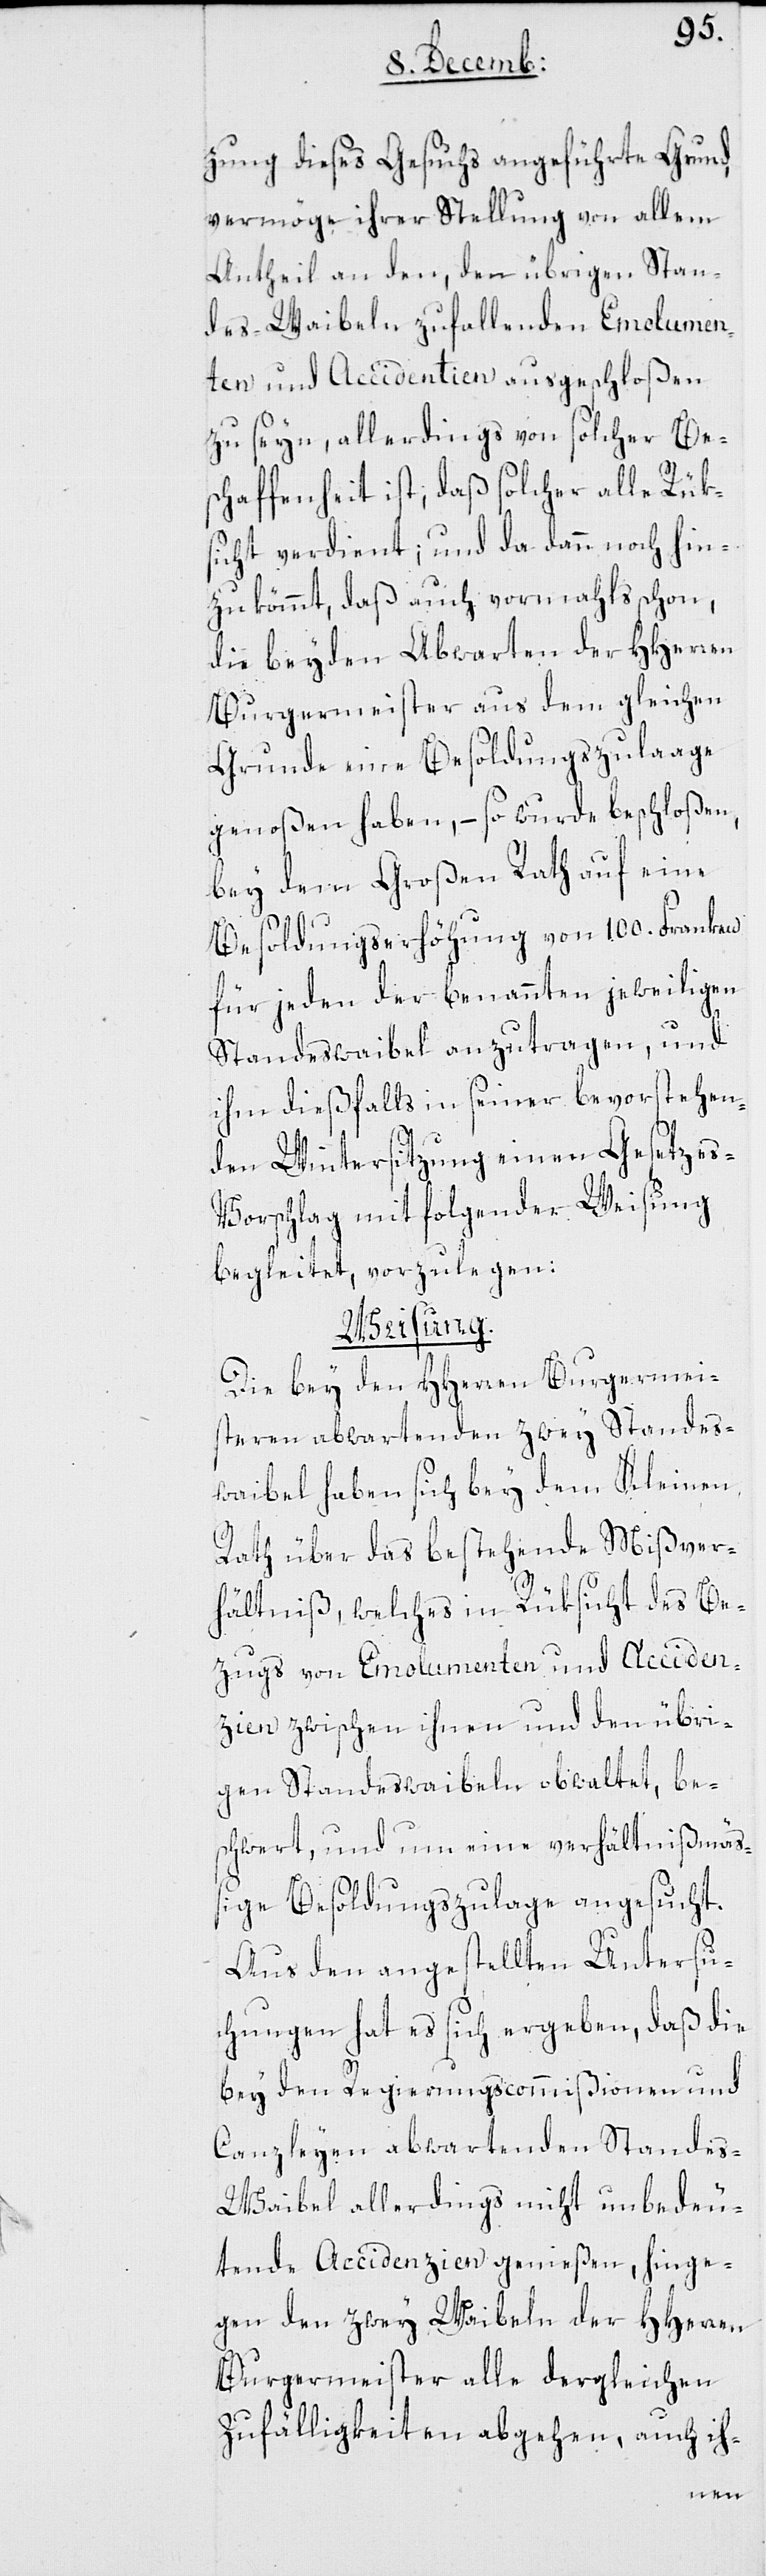
zung dieses Gesuchs angeführte Grund,
vermöge ihrer Stellung von allem
Antheil an den, den übrigen Stan¬
des-Waibeln zufallenden Emolumen¬
ten und Accidentien ausgeschloßen
zu seyn, allerdings von solcher Bes¬
chaffenheit ist, daß solcher alle Rük¬
sicht verdient; und da dann noch hin¬
zukömmt, daß auch vormahls schon,
die beyden Abwarten der HHerren
Burgermeister aus dem gleichen
Grunde eine Besoldungszulaage
genoßen haben, – so wurde beschloßen,
bey dem Großen Rath auf eine
Besoldungserhöhung von 100. Franken
für jeden der benannten jeweiligen
Standesweibel anzutragen, und
ihm dießfalls in seiner bevorstehen¬
den Wintersitzung einen Gesetze¬
s-Vorschlag mit folgender Weisung
begleitet, vorzulegen:
Weisung:
Die bey den HHerren Burgermei¬
steren abwartenden zwey Standes¬
waibel haben sich bey dem Kleinen
Rath über das bestehende Mißver¬
hältniß, welches in Rüksicht des Be¬
zugs von Emolumenten und Acciden¬
tien zwischen ihnen und den übri¬
gen Standeswaibeln obwaltet, be¬
schwert, und um eine verhältnißmäß¬
ige Besoldungszulage angesucht.
Aus den angestellten Untersu¬
chungen hat es sich ergeben, daß die
bey den Regierungscommißionen und
Canzleyen abwartenden Standes-W¬
aibel allerdings nicht unbedeu¬
tende Accidenzien genießen, hinge¬
gen den zwey Waibeln der HHerren
Burgermeister alle dergleichen
Zufälligkeiten abgehen, auch ih-